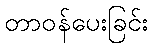
တာဝန်ပေးခြင်း